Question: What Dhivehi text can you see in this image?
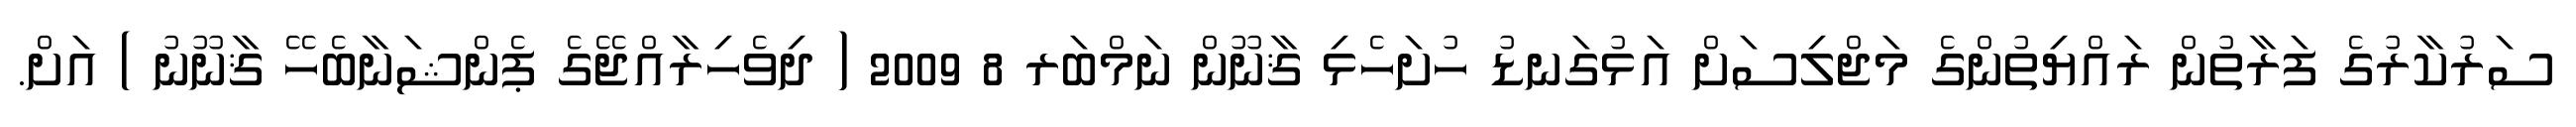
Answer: ސަރުކާރުގެ ފަރާތުން ރައްޔިތުންގެ މަޖްލިސަށް އަޅުގަނޑު ހުށަހެޅި ޤާނޫން ނަމްބަރ 8 2009 ( ދިވެހިރާއްޖޭގެ ޕެންޝަނާބެހޭ ޤާނޫނު ) އަށް.